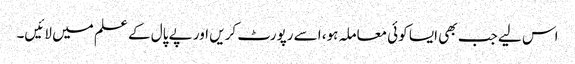
اس لیے جب بھی ایسا کوئی معاملہ ہو، اسے رپورٹ کریں اور پے پال کے علم میں لائیں۔